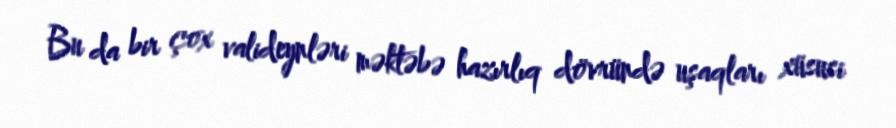
Bu da bir çox valideynləri məktəbə hazırlıq dövründə uşaqları xüsusi